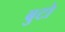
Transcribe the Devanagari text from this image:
बुटो